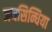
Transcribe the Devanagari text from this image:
जयसिन्धिया